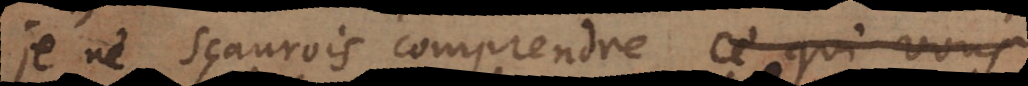
je ne sçaurois comprendre ce qui vous